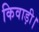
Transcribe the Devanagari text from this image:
किवाड़ी।